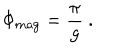
LaTeX: \Phi _ { \mathrm { m a g } } = \frac { \pi } { g } \ .